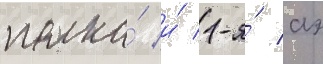
полка́ и́ 1-я́ аэ